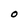
Character: O